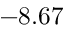
- 8 . 6 7